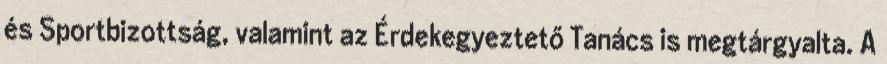
és Sportbizottság, valamint az Érdekegyeztető Tanács is megtárgyalta. A